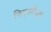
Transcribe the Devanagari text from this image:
निदरलैंड्स